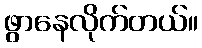
ဖွာနေလိုက်တယ်။